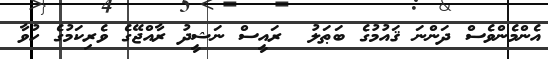
އެންމެންވެސް ދަންނަ ޤައުމުގެ ބަޠަލު  ރައީސް ނަޝީދު ރާއްޖޭގެ ވެރިކަމުގެ ހުވާ